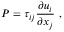
P = { \tau _ { i j } } \frac { { \partial { u _ { i } } } } { { \partial { x _ { j } } } } \mathrm { ~ , ~ }